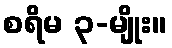
စရိမ ၃-မျိုး။